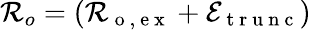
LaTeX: \mathcal{R}_{o}=(\mathcal{R}_{\mathrm{~o~,~e~x~}}+\mathcal{E}_{\mathrm{~t~r~u~n~c~}})